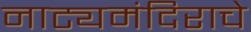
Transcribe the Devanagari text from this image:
नाट्यमंदिराचे